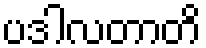
ပဒါလတာတိ